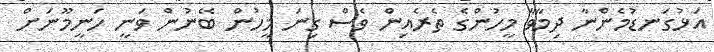
އަޅުގަނޑުމެންނާ ދިމާވާ މީހުންގެ ތެރެއިން ވެސް ގިނަ މީހުން ބޭނުން ވަނީ ހަނީމޫނަށް